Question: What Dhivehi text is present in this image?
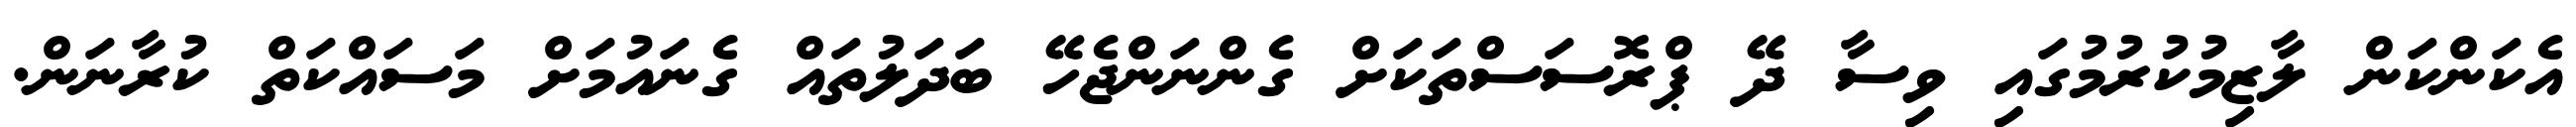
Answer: އެކަންކަން ލާޒިމުކުރުމުގައި ވިސާ ދޭ ޕްރޮސަސްތަކަށް ގެންނަންޖެހޭ ބަދަލުތައް ގެނައުމަށް މަސައްކަތް ކުރާނަން.